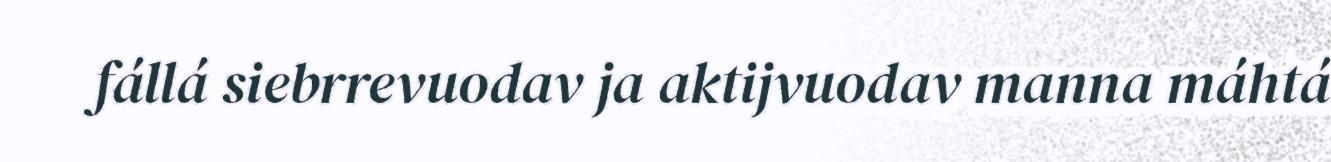
fállá siebrrevuodav ja aktijvuodav manna máhtá